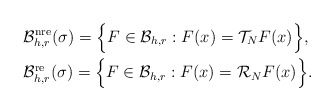
\begin{align*}&\mathcal{B}^{\rm nre}_{h,r}(\sigma)= \Big\{F\in \mathcal{B}_{h,r}:F(x)=\mathcal{T}_{N}F(x)\Big\},\\&\mathcal{B}^{\rm re}_{h,r}(\sigma) = \Big\{F\in \mathcal{B}_{h,r}:F(x)=\mathcal{R}_{N}F(x)\Big\}.\end{align*}